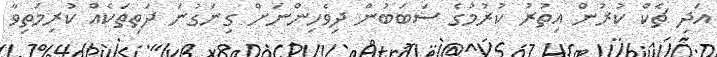
އަދި ޗެކް ކުރުން އިތުރު ކުރުމުގެ ސަބަބުން ދިވެހިންނަށް ގިނަގުނަ ދަތިތަކެއް ކުރިމަތިވާ